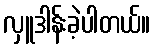
လှူဒါန်းခဲ့ပါတယ်။